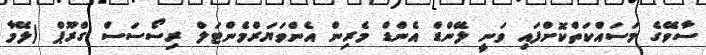
ސާވޭގެ މަސައްކަތްކޮށްފައި ވަނީ ލޭންޑް އެންޑް މެރިން އެންވަޔަރްމެންޓަލް ރިސޯސަސް ގްރޫޕް (ލޭމާ